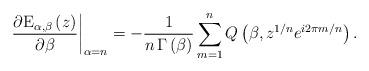
LaTeX: \begin{align*}\left. \frac{\partial \mathrm{E}_{\alpha ,\beta }\left( z\right) }{\partial\beta }\right\vert _{\alpha =n}=-\frac{1}{n\,\Gamma \left( \beta \right) }\sum_{m=1}^{n}Q\left( \beta ,z^{1/n}e^{i2\pi m/n}\right) .\end{align*}